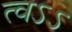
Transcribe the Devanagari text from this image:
त्वऽऽ